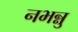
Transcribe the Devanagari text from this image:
नभन्नु